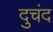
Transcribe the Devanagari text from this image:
दुचंद